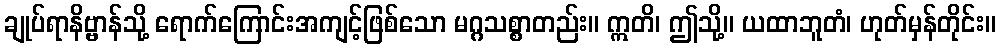
ချုပ်ရာနိဗ္ဗာန်သို့ ရောက်ကြောင်းအကျင့်ဖြစ်သော မဂ္ဂသစ္စာတည်း။ ဣတိ၊ ဤသို့။ ယထာဘူတံ၊ ဟုတ်မှန်တိုင်း။